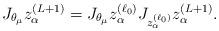
LaTeX: \begin{align*}J_{\theta_\mu} z_{\alpha}^{(L+1)} = J_{\theta_\mu} z_{\alpha}^{(\ell_0)}J_{z_{\alpha}^{(\ell_0)}} z_{\alpha}^{(L+1)}.\end{align*}